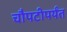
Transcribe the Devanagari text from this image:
चौपटीपर्यंत